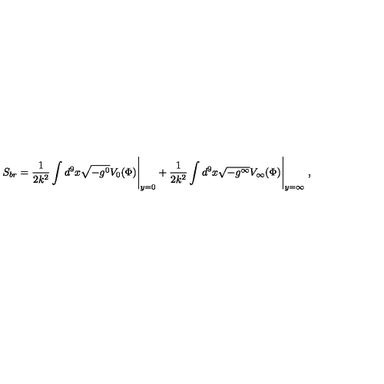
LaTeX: S _ { b r } = \frac { 1 } { 2 k ^ { 2 } } \int d ^ { 9 } x \sqrt { - g ^ { 0 } } V _ { 0 } ( \Phi ) \Bigg | _ { y = 0 } + \frac { 1 } { 2 k ^ { 2 } } \int d ^ { 9 } x \sqrt { - g ^ { \infty } } V _ { \infty } ( \Phi ) \Bigg | _ { y = \infty } \ ,